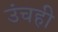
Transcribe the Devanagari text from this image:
उंचही